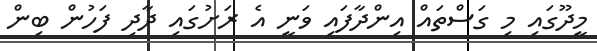
މީދޫގައި މި ގަސްތައް އިންދާފައި ވަނީ އެ ރަށުގައި ދާދި ފަހުން ބިން